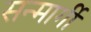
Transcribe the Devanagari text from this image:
सन्मार्गी